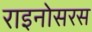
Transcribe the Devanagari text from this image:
राइनोसरस